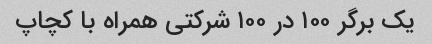
یک برگر ۱۰۰ در ۱۰۰ شرکتی همراه با کچاپ